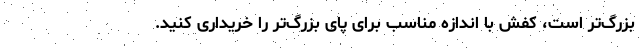
بزرگ‌تر است، کفش با اندازه مناسب برای پای بزرگ‌تر را خریداری کنید.